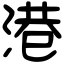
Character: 港